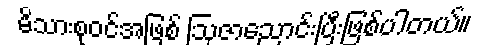
မိသားစုဝင်အဖြစ် ဩဇာညောင်းပြီးဖြစ်ပါတယ်။